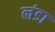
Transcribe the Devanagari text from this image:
लंडा